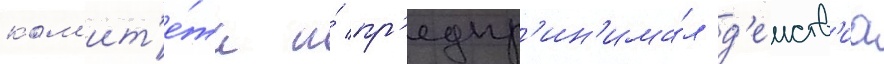
ком'ит'е́та и́ пр'едпр'ин'има́л д'еиств'иа